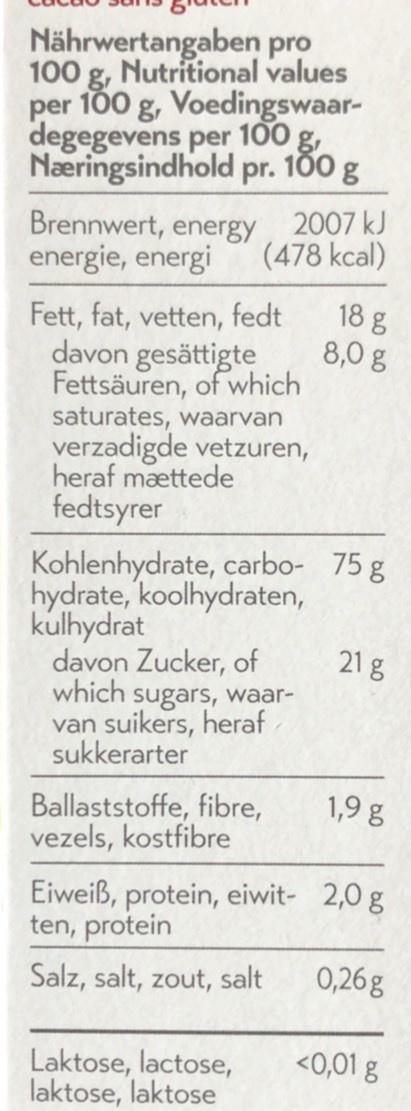
Nährwertangaben pro 100 g, Nutritional values per 100 g, Voedingswaar- degegevens per 100 g, Næringsindhold pr. 100 g
Brennwert, energy, 2007 kJ energie, energi
(478 kcal)
18 g
Fett, fat, vetten, fedt davon gesättigte Fettsäuren, of which saturates, waarvan verzadigde vetzuren, heraf mættede fedtsyrer
8,0 g
Kohlenhydrate, carbo- 75 g hydrate, koolhydraten, kulhydrat davon Zucker, of which sugars, waar- van suikers, heraf sukkerarter
21 g
1,9 g
Ballaststoffe, fibre, vezels, kostfibre
Eiweiß, protein, eiwit- 2,0 g ten, protein
Salz, salt, zout, salt
0,26g
<0,01 g
Laktose, lactose, laktose, laktose